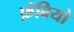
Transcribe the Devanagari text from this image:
फ़ेबियो